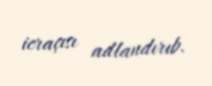
icraçısı adlandırıb.